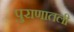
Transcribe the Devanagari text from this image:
पुराणातली